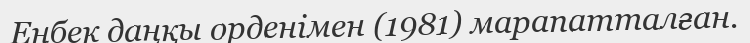
Еңбек даңқы орденімен (1981) марапатталған.